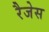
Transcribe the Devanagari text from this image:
रैजेस